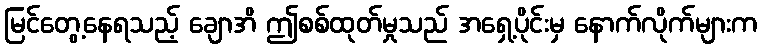
မြင်တွေ့နေရသည့် ချောအိ ဤစစ်ထုတ်မှုသည် အရှေ့ပိုင်းမှ နောက်လိုက်များက